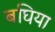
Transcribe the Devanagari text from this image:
बघिया